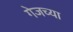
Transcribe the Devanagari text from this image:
गेजच्या